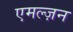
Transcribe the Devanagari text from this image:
एमल्ज़न